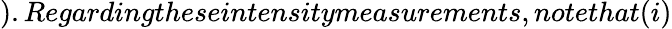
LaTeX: ).Regardingtheseintensitymeasurements,notethat(i)